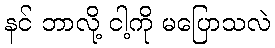
နင် ဘာလို့ ငါ့ကို မပြောသလဲ